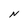
Character: N